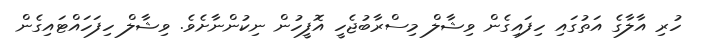
ހުރި އާލާގެ އަތުގައި ހިފައިގެން ވިޝާލް މިސްރާބުޖެހީ އޮފީހުން ނިކުންނާށެވެ. ވިޝާލް ހިފަހައްޓައިގެން